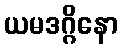
ယမဒဂ္ဂိနော